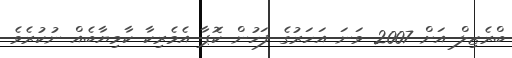
ބްރެޒިލް އަށް 2007 ވަނަ އަހަރުގެ ފަހުން ކޮަޕާ އެމެރިކާ ކާމިޔާބެއް ނުކުރެވެ